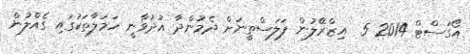
އޯގަސްޓް 2014 5  އިޒްރޭލުން ފަލަސްތީނަށް ދެމުންދާ އުދުވާނީ ހަމަލާތަކުގައި ގެއްލުން